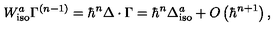
W _ { \mathrm { i s o } } ^ { a } \Gamma ^ { \left( n - 1 \right) } = \hbar ^ { n } \Delta \cdot \Gamma = \hbar ^ { n } \Delta _ { \mathrm { i s o } } ^ { a } + O \left( \hbar ^ { n + 1 } \right) ,